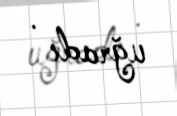
uğradı .